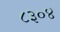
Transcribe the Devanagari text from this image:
८३०४